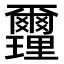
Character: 𨤻